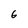
Character: 6